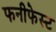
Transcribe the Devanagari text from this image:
फनीफेस्ट